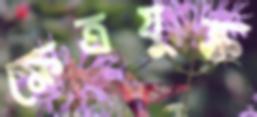
ক্ষেত্রযুক্ত